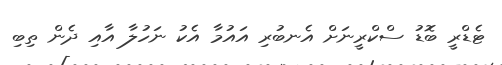
ޓެޑްރީ ބޮޑު ސްކްރީނަށް އެނބުރި އައުމާ އެކު ނަހުލާ އާއި ދެން ތިބި